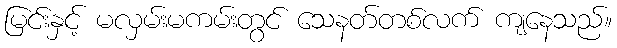
မြင်းနှင့် မလှမ်းမကမ်းတွင် သေနတ်တစ်လက် ကျနေသည်။